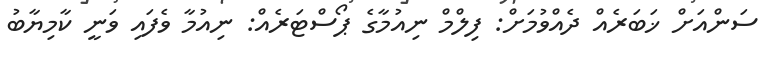
ސަންއަށް ޚަބަރެއް ދެއްވުމަށް: ފިލްމް ނިއުމާގެ ޕޯސްޓަރެއް: ނިއުމާ ވެފައި ވަނީ ކާމިޔާބު